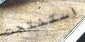
استنتجت